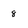
Character: 8